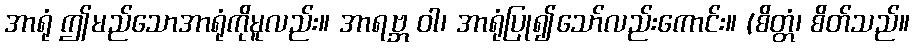
အာရုံ ဤမည်သောအာရုံကိုမူလည်း။ အာရဗ္ဘ ဝါ၊ အာရုံပြု၍သော်လည်းကောင်း။ (စိတ္တံ၊ စိတ်သည်။